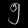
Digit: ၅